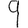
Digit: 9